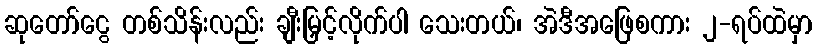
ဆုတော်ငွေ တစ်သိန်းလည်း ချီးမြှင့်လိုက်ပါ သေးတယ်၊ အဲဒီအဖြေစကား ၂-ရပ်ထဲမှာ